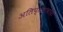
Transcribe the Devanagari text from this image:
अलिप्‍ततावादी